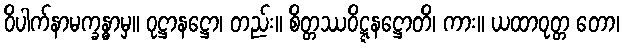
ဝိပါက်နာမက္ခန္ဓာမှ။ ဝုဋ္ဌာနဋ္ဌော၊ တည်း။ စိတ္တဿဝိဋ္ဋနဋ္ဌောတိ၊ ကား။ ယထာဝုတ္တ တော၊